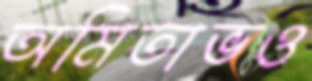
অমিতাভও